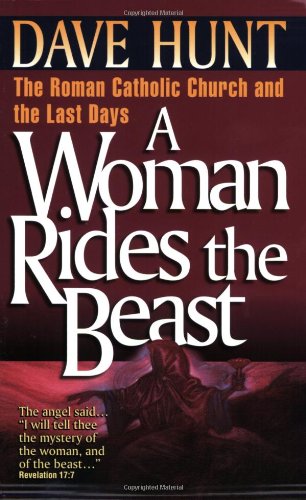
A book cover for A Woman Rides the Beast: The Roman Catholic Church and the Last Days; Dave Hunt; Christian Books & Bibles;